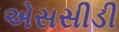
એસસીડી